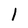
Character: 1